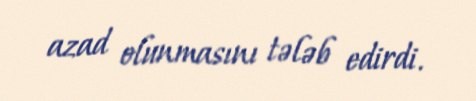
azad olunmasını tələb edirdi.